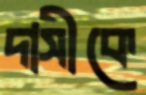
দাসীকে